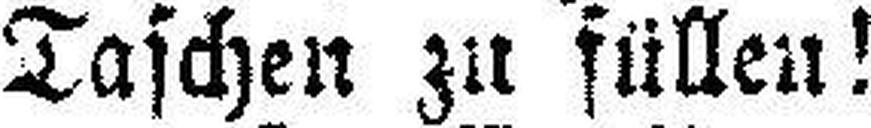
Taschen zu füllen!